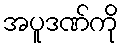
အပူဒဏ်ကို